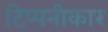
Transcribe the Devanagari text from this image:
टिप्पनीकार